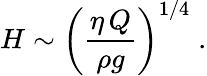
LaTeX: H\sim\left(\frac{\eta\, Q}{\rho g}\right)^{1/4}\; .